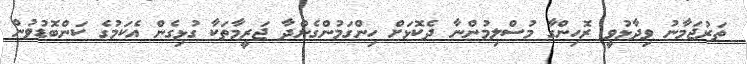
ތަރުޖަމާނު ވިދާޅުވީ ރޮހިންގާ މުސްލިމުންނާ ދެކޮޅަށް ހިންގަމުންގެންދާ ޖަރީމާތަކާ ގުޅިގެން އެކަމުގެ ކަންބޮޑުވުން